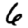
Digit: 6